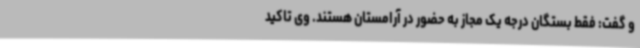
و گفت: فقط بستگان درجه یک مجاز به حضور در آرامستان هستند. وی تاکید